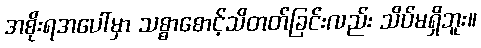
အစိုးရအပေါ်မှာ သစ္စာစောင့်သိတတ်ခြင်းလည်း သိပ်မရှိဘူး။